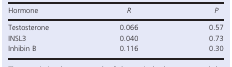
| Hormone | R | P |
 | --- | --- | --- |
 | Testosterone | 0.066 | 0.57 |
 | INSL3 | 0.040 | 0.73 |
 | Inhibin B | 0.116 | 0.30 |